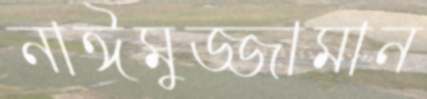
নাঈমুজ্জামান